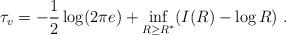
LaTeX: \begin{align*}\tau_v = - \frac{1}{2} \log ( 2 \pi e) + \inf_{R \ge R^*} (I(R) - \log R)~.\end{align*}